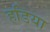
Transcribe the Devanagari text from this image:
हडिया